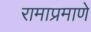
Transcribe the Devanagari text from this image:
रामाप्रमाणे